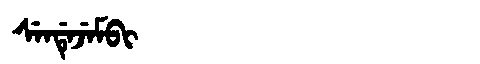
Manchu: ᠰᡝᠨᡩᡝᠵᡝᠮᠪᡳ
Romanization: SENDEJEMBI